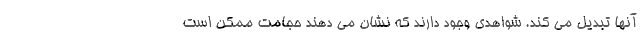
آنها تبدیل می کند. شواهدی وجود دارند که نشان می دهند حجامت ممکن است